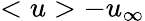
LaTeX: <u>-u_{\infty}